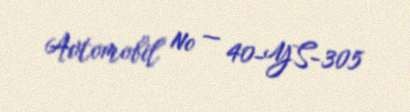
Avtomobil № — 40-YS-305